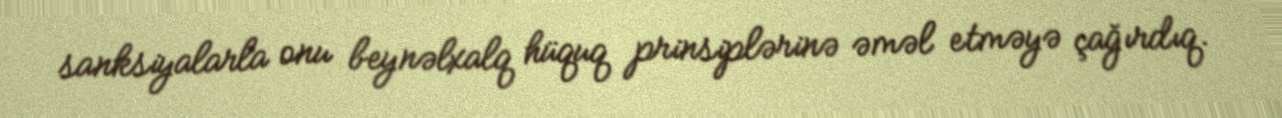
sanksiyalarla onu beynəlxalq hüquq prinsiplərinə əməl etməyə çağırdıq.